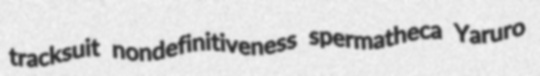
tracksuit nondefinitiveness spermatheca Yaruro